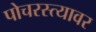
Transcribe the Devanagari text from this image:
पोचरस्त्यावर